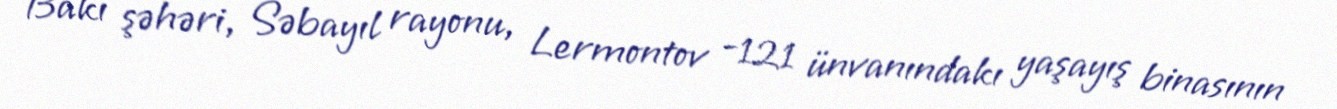
Bakı şəhəri, Səbayıl rayonu, Lermontov -121 ünvanındakı yaşayış binasının